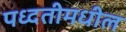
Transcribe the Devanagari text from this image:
पध्दतीमधील